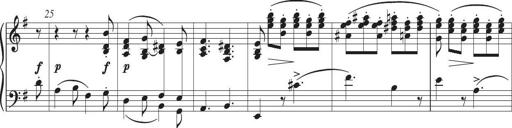
Title: Piano Sonatina in G major
Composer: Johan Peter Emilius Hartmann
Key: G major